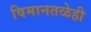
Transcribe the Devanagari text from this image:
विमानतळेही